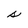
Character: s